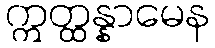
ဣတ္ထန္နာမေန